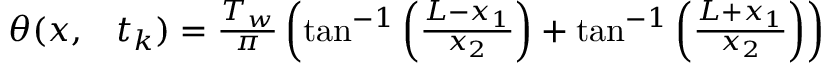
\begin{array} { r l } { \theta ( x , } & { { } t _ { k } ) = \frac { T _ { w } } { \pi } \left( \tan ^ { - 1 } \left( \frac { L - x _ { 1 } } { x _ { 2 } } \right) + \tan ^ { - 1 } \left( \frac { L + x _ { 1 } } { x _ { 2 } } \right) \right) } \end{array}